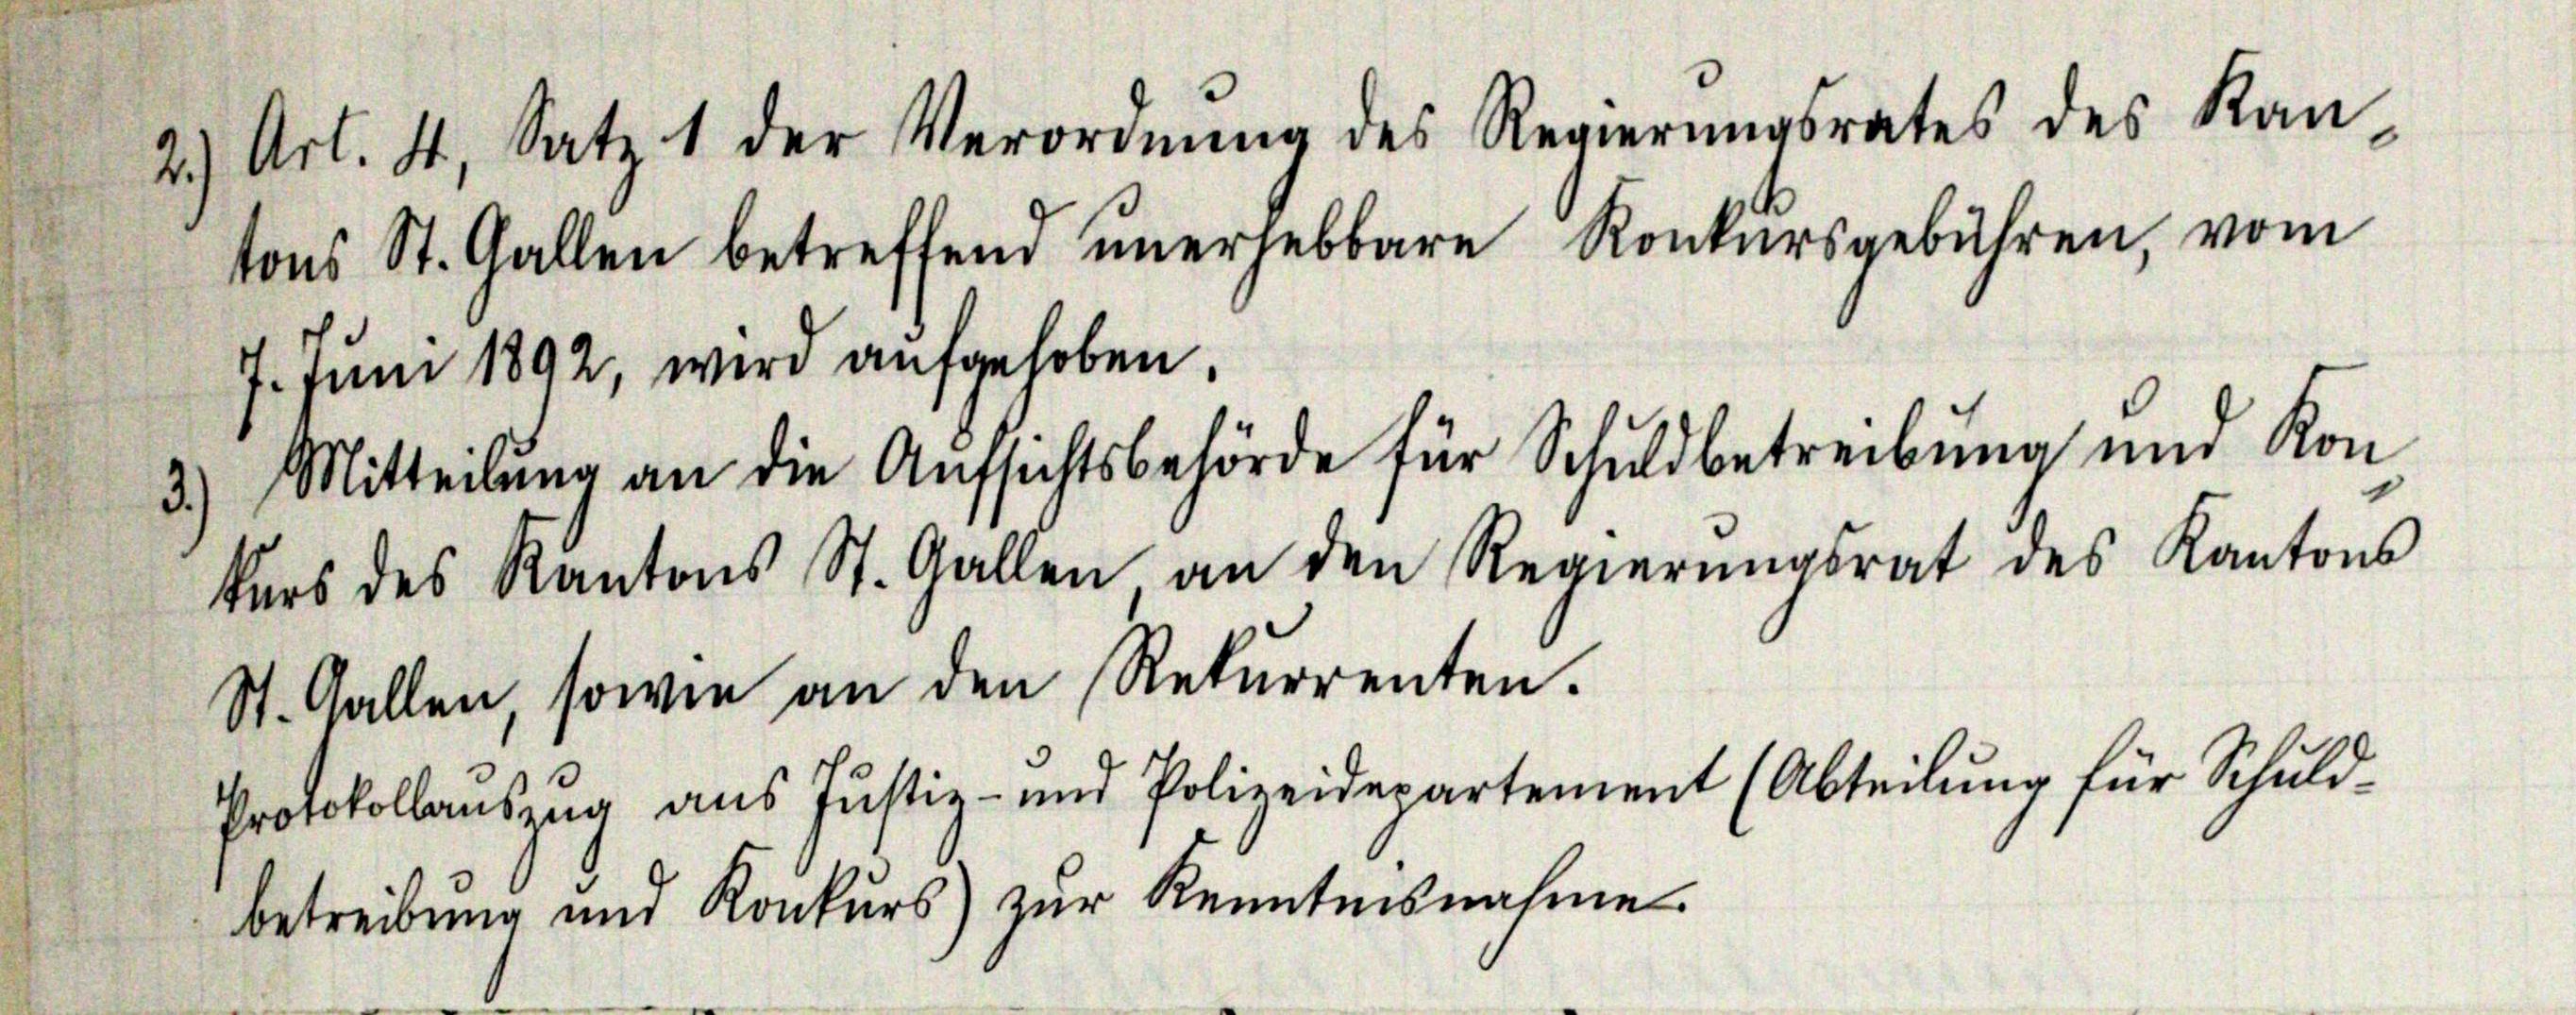
2) Art. 4, Satz 1 der Verordnŭng des Regierŭngsrates des Kan-
tons St. Gallen betreffend ŭnerhebbare Konkursgebühren, vom
7. Juni 1892, wird aufgehoben.
3.) Mitteilung an die Aufsichtsbehörde für Schuldbetreibung und Kon
kŭrs des Kantons St. Gallen an den Regierŭngsrat des Kantons
St. Gallen, sowie an den Rekurrenten.

Protokollauszug aus Justiz- und Polizeidepartement (Abteilŭng für Schuld-
betreibung und Konkŭrs) zŭr Kenntnisnahme